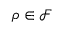
\rho \in \mathcal { F }